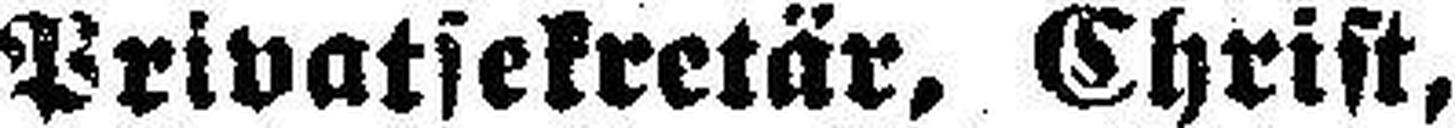
Privatsekretär, Christ,